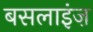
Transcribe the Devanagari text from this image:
बसलाइंज़